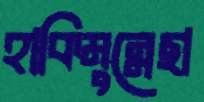
হাকিমুন্নেছা